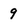
Character: 9